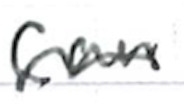
Text: can
Cross-out: wave
Writing tool: ballpoint